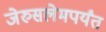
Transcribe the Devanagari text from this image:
जेरुसलेमपर्यंत